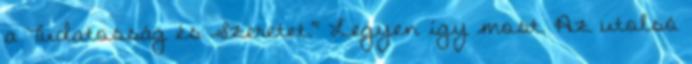
a Tudatosság és Szeretet." Legyen így most. Az utolsó